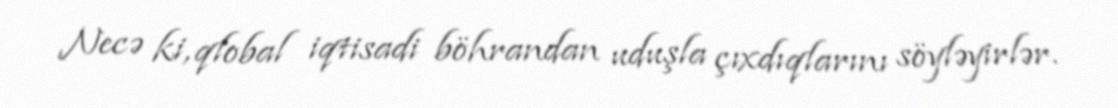
Necə ki, qlobal iqtisadi böhrandan uduşla çıxdıqlarını söyləyirlər.